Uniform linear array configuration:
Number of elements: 48
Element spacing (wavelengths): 1
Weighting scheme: kaiser
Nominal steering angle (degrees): -30
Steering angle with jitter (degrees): -28.331
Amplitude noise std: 0.05
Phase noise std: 0.05

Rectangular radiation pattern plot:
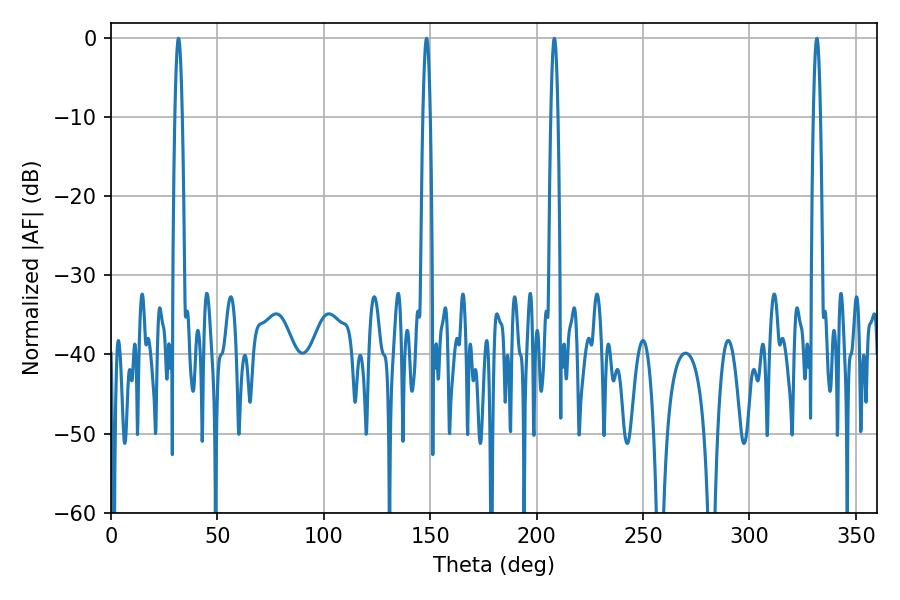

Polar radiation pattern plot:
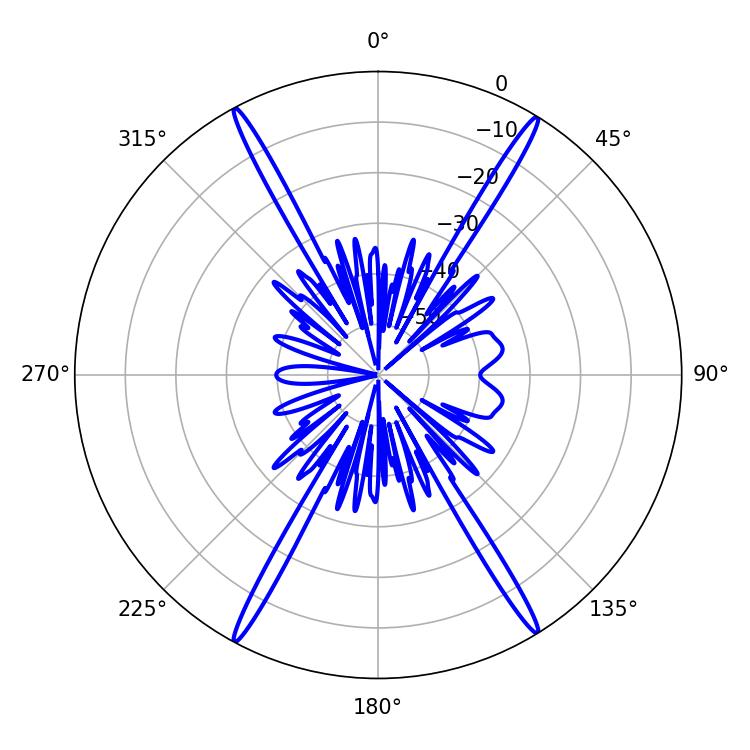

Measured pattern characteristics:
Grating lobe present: TRUE
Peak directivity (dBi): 25.927
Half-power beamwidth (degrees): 1.8
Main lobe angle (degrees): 31.68